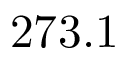
2 7 3 . 1